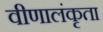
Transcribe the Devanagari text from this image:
वीणालंकृता